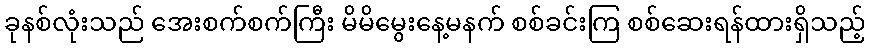
ခုနစ်လုံးသည် အေးစက်စက်ကြီး မိမိမွေးနေ့မနက် စစ်ခင်းကြ စစ်ဆေးရန်ထားရှိသည့်